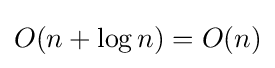
O(n+\log n)=O(n)